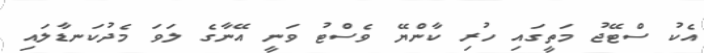
އެކު ސްޓޭޖު މަތީގައި ހުރި ކާންޔޭ ވެސްޓު ވަނީ އޭނާގެ ލަވަ މެދުކަނޑާލައި